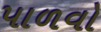
પાળવો